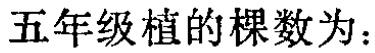
五年级植的棵数为：